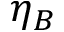
\eta _ { B }